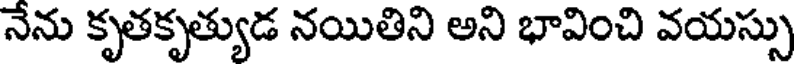
నేను కృతకృత్యుడ నయితిని అని భావించి వయస్సు